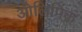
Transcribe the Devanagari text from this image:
ओलिपिंक